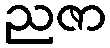
ညဇာ